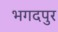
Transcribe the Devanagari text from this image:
भगदपुर